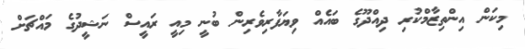
މިކަން އިންތިޒާމްކުރި ދިއްދޫގެ ބައެއް ވިޔަފާރިވެރިން ބުނީ މިއީ ރައީސް ނަޝީދުގެ މައްޗަށް